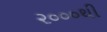
૨૦૦૦થી